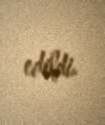
edildi.